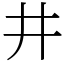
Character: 井